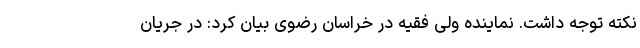
نکته توجه داشت. نماینده ولی فقیه در خراسان رضوی بیان کرد: در جریان